DOW-UAP-D48, Department of the Air Force Report, 1996
Agency: Department of War
Incident date: 9/10/96
Page 122
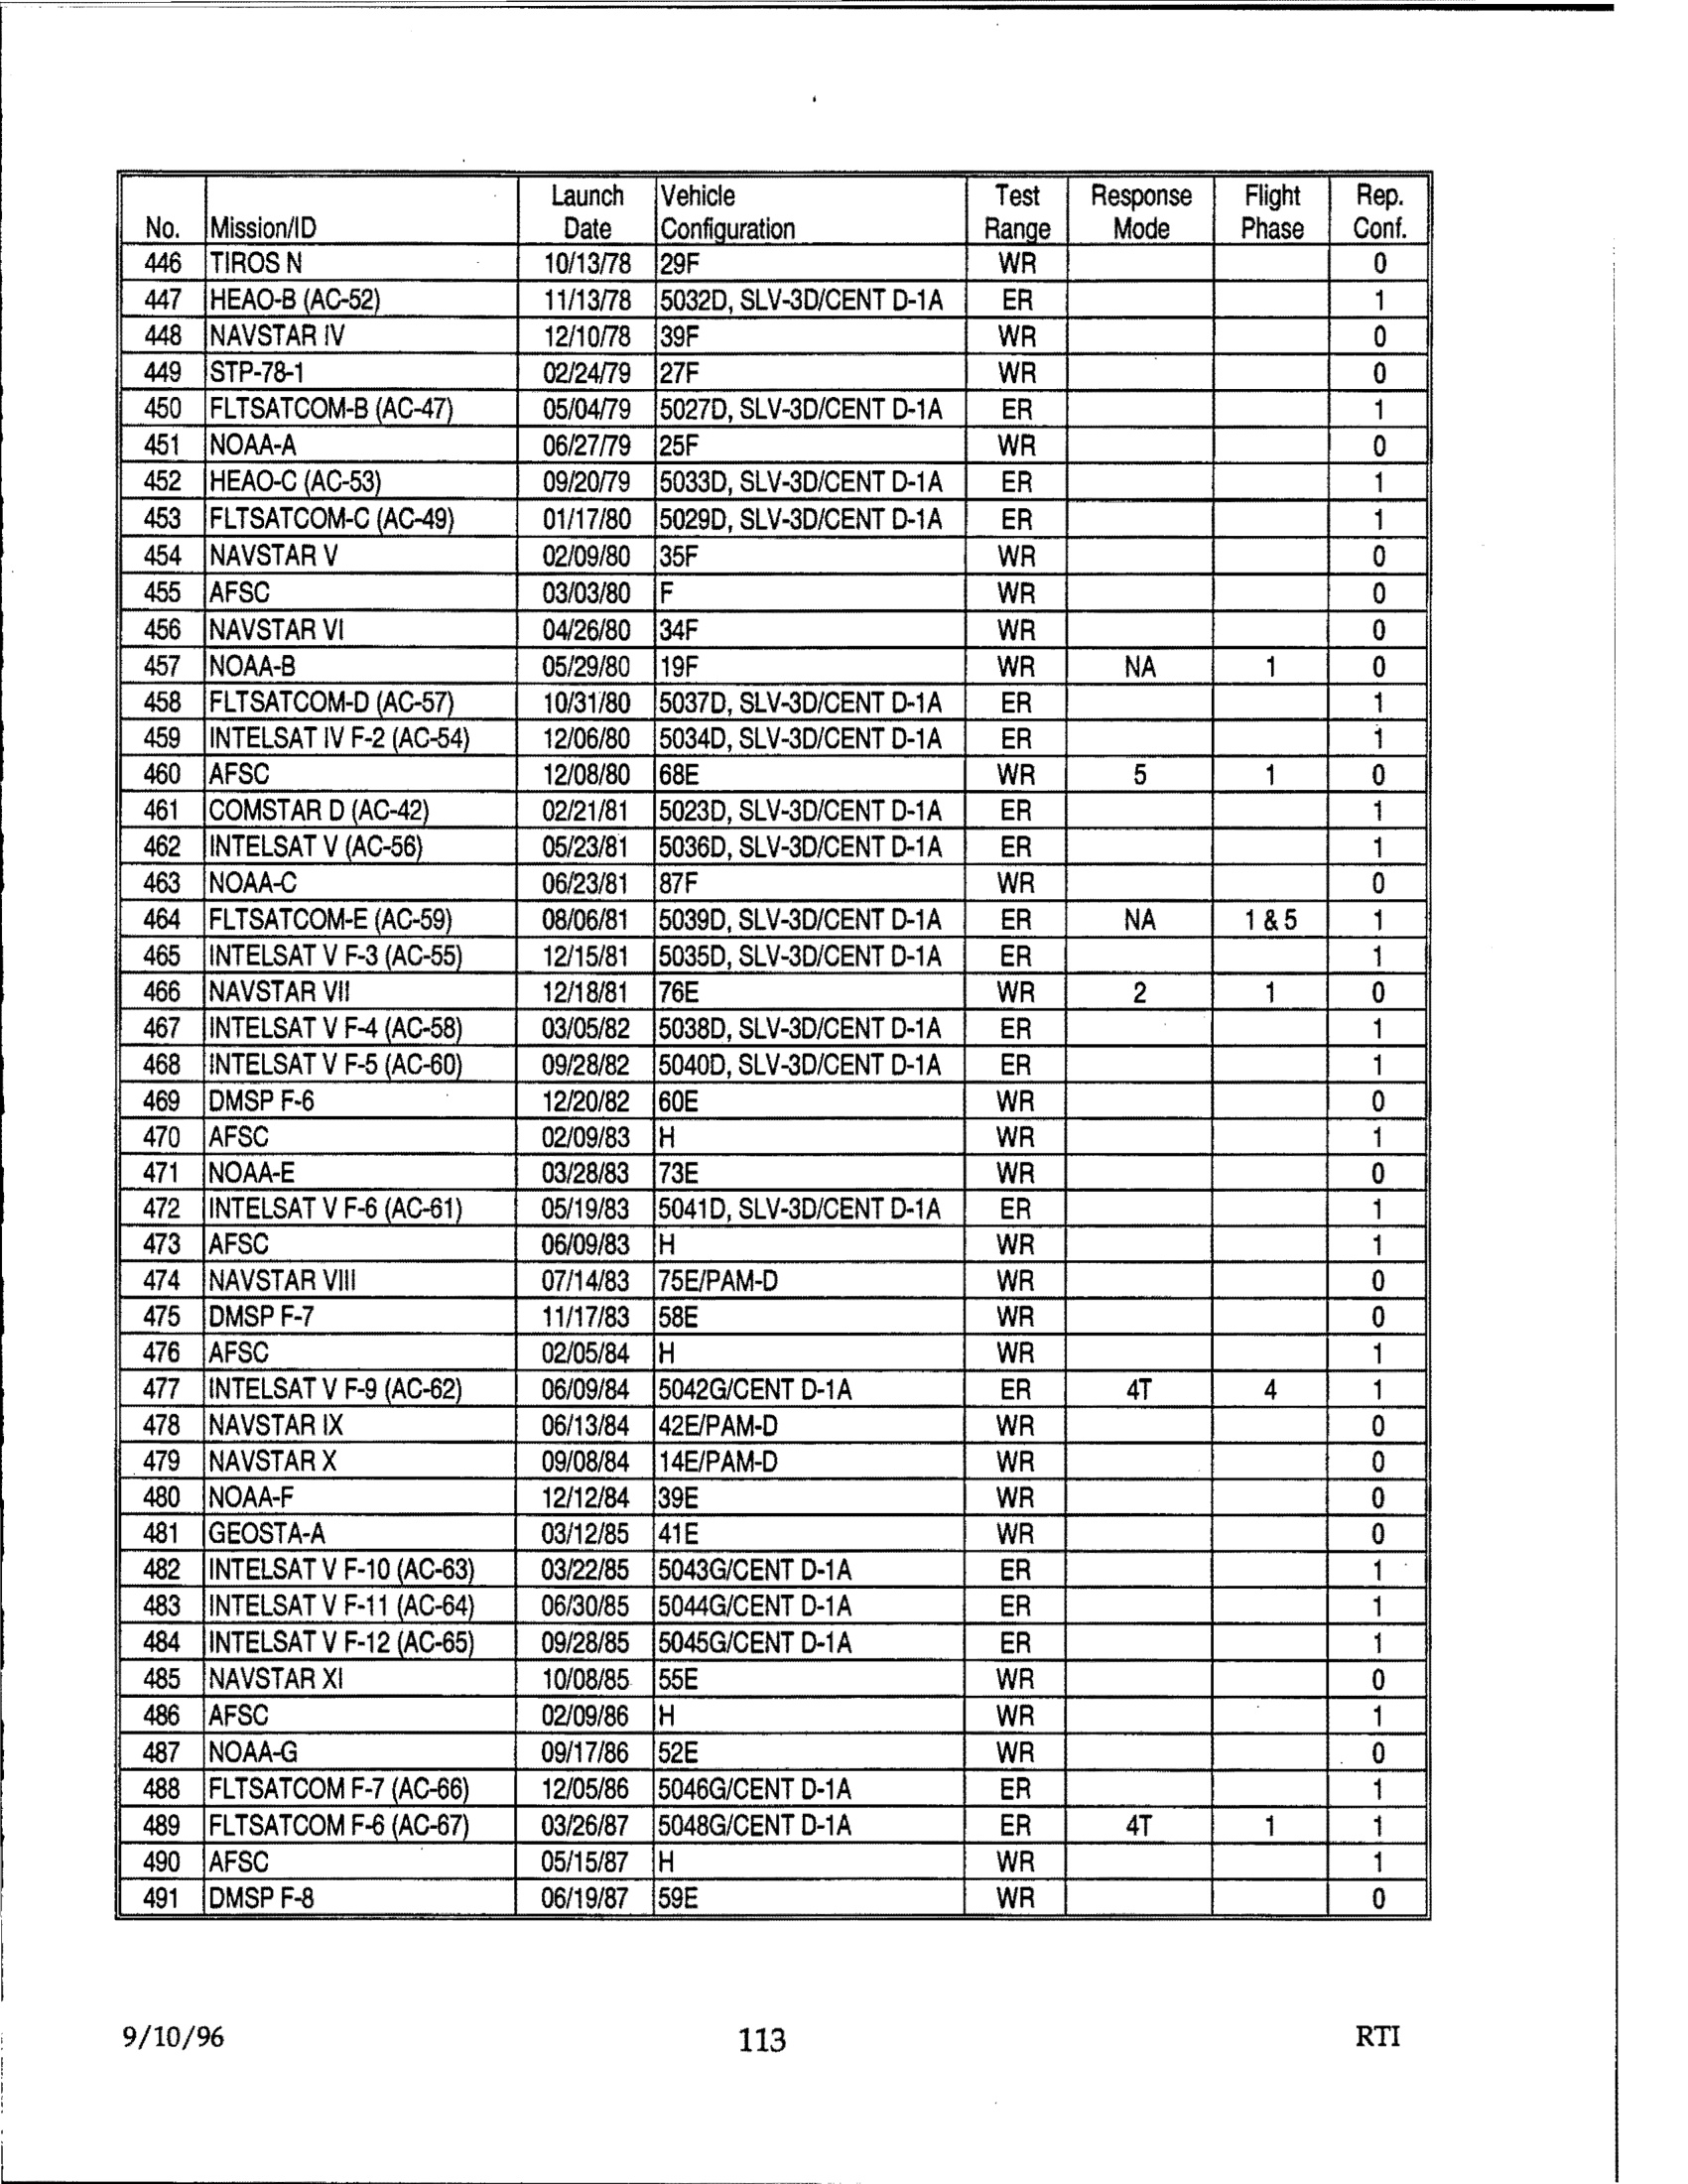